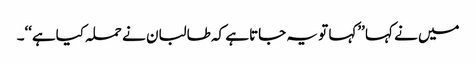
میں نے کہا ’’کہا تو یہ جاتاہے کہ طالبان نے حملہ کیاہے‘‘۔